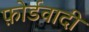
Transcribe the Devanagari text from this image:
फ़ोर्डवादी